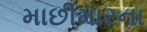
માછીમારના